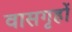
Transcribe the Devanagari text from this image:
वासगृहों